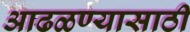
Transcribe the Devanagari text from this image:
आढळण्यासाठी